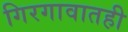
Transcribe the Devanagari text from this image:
गिरगावातही